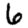
Digit: 6